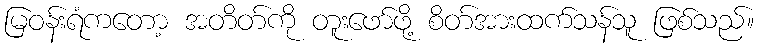
မြဝန်းရံကတော့ အတိတ်ကို တူးဖော်ဖို့ စိတ်အားထက်သန်သူ ဖြစ်သည်။